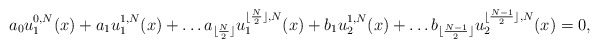
\begin{align*}a_0 u_1^{0,N}(x) + a_1 u_1^{1,N}(x) + \dots a_{\lfloor \frac{N}{2} \rfloor} u_1^{\lfloor \frac{N}{2} \rfloor,N}(x) + b_1 u_2^{1,N}(x) + \dots b_{\lfloor \frac{N-1}{2} \rfloor} u_2^{\lfloor \frac{N-1}{2} \rfloor,N}(x) = 0, \end{align*}